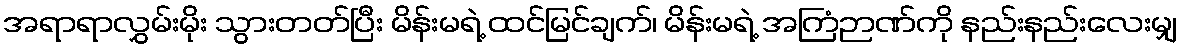
အရာရာလွှမ်းမိုး သွားတတ်ပြီး မိန်းမရဲ့ ထင်မြင်ချက်၊ မိန်းမရဲ့ အကြံဉာဏ်ကို နည်းနည်းလေးမျှ